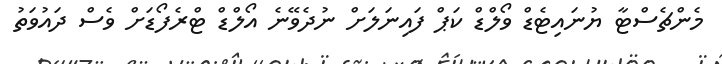
މެންޗެސްޓާ ޔުނައިޓެޑް ވޯލްޑް ކަޕް ފައިނަލަށް ނުދެވޭނެ އޯލްޑް ޓްރެފޯޑަށް ވެސް ދައުވަތު